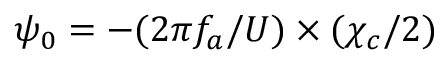
\psi _ { 0 } = - ( 2 \pi f _ { a } / U ) \times ( \chi _ { c } / 2 )